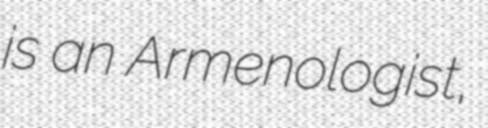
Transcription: is an Armenologist,